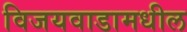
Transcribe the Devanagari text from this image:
विजयवाडामधील